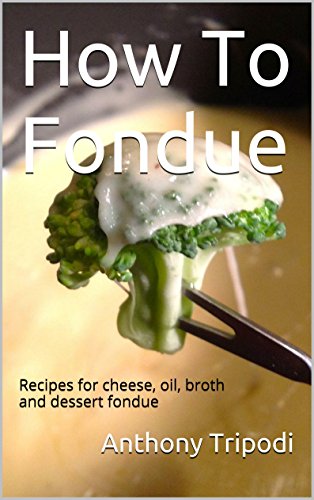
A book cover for How To Fondue: Recipes for Cheese, Oil, Broth and Dessert Fondue; Anthony Tripodi; Cookbooks, Food & Wine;